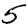
Digit: 5